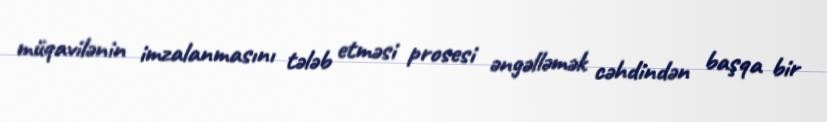
müqavilənin imzalanmasını tələb etməsi prosesi əngəlləmək cəhdindən başqa bir